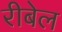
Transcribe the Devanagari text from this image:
रीबेल